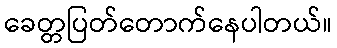
ခေတ္တပြတ်တောက်နေပါတယ်။